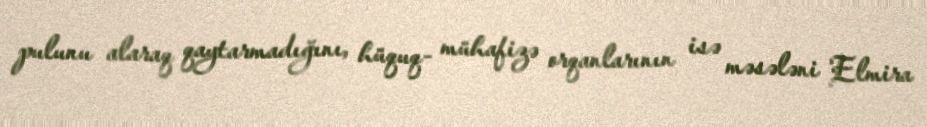
pulunu alaraq qaytarmadığını, hüquq- mühafizə orqanlarının isə məsələni Elmira